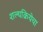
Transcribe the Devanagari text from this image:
शल्यक्रियेचा